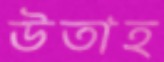
উতাহ